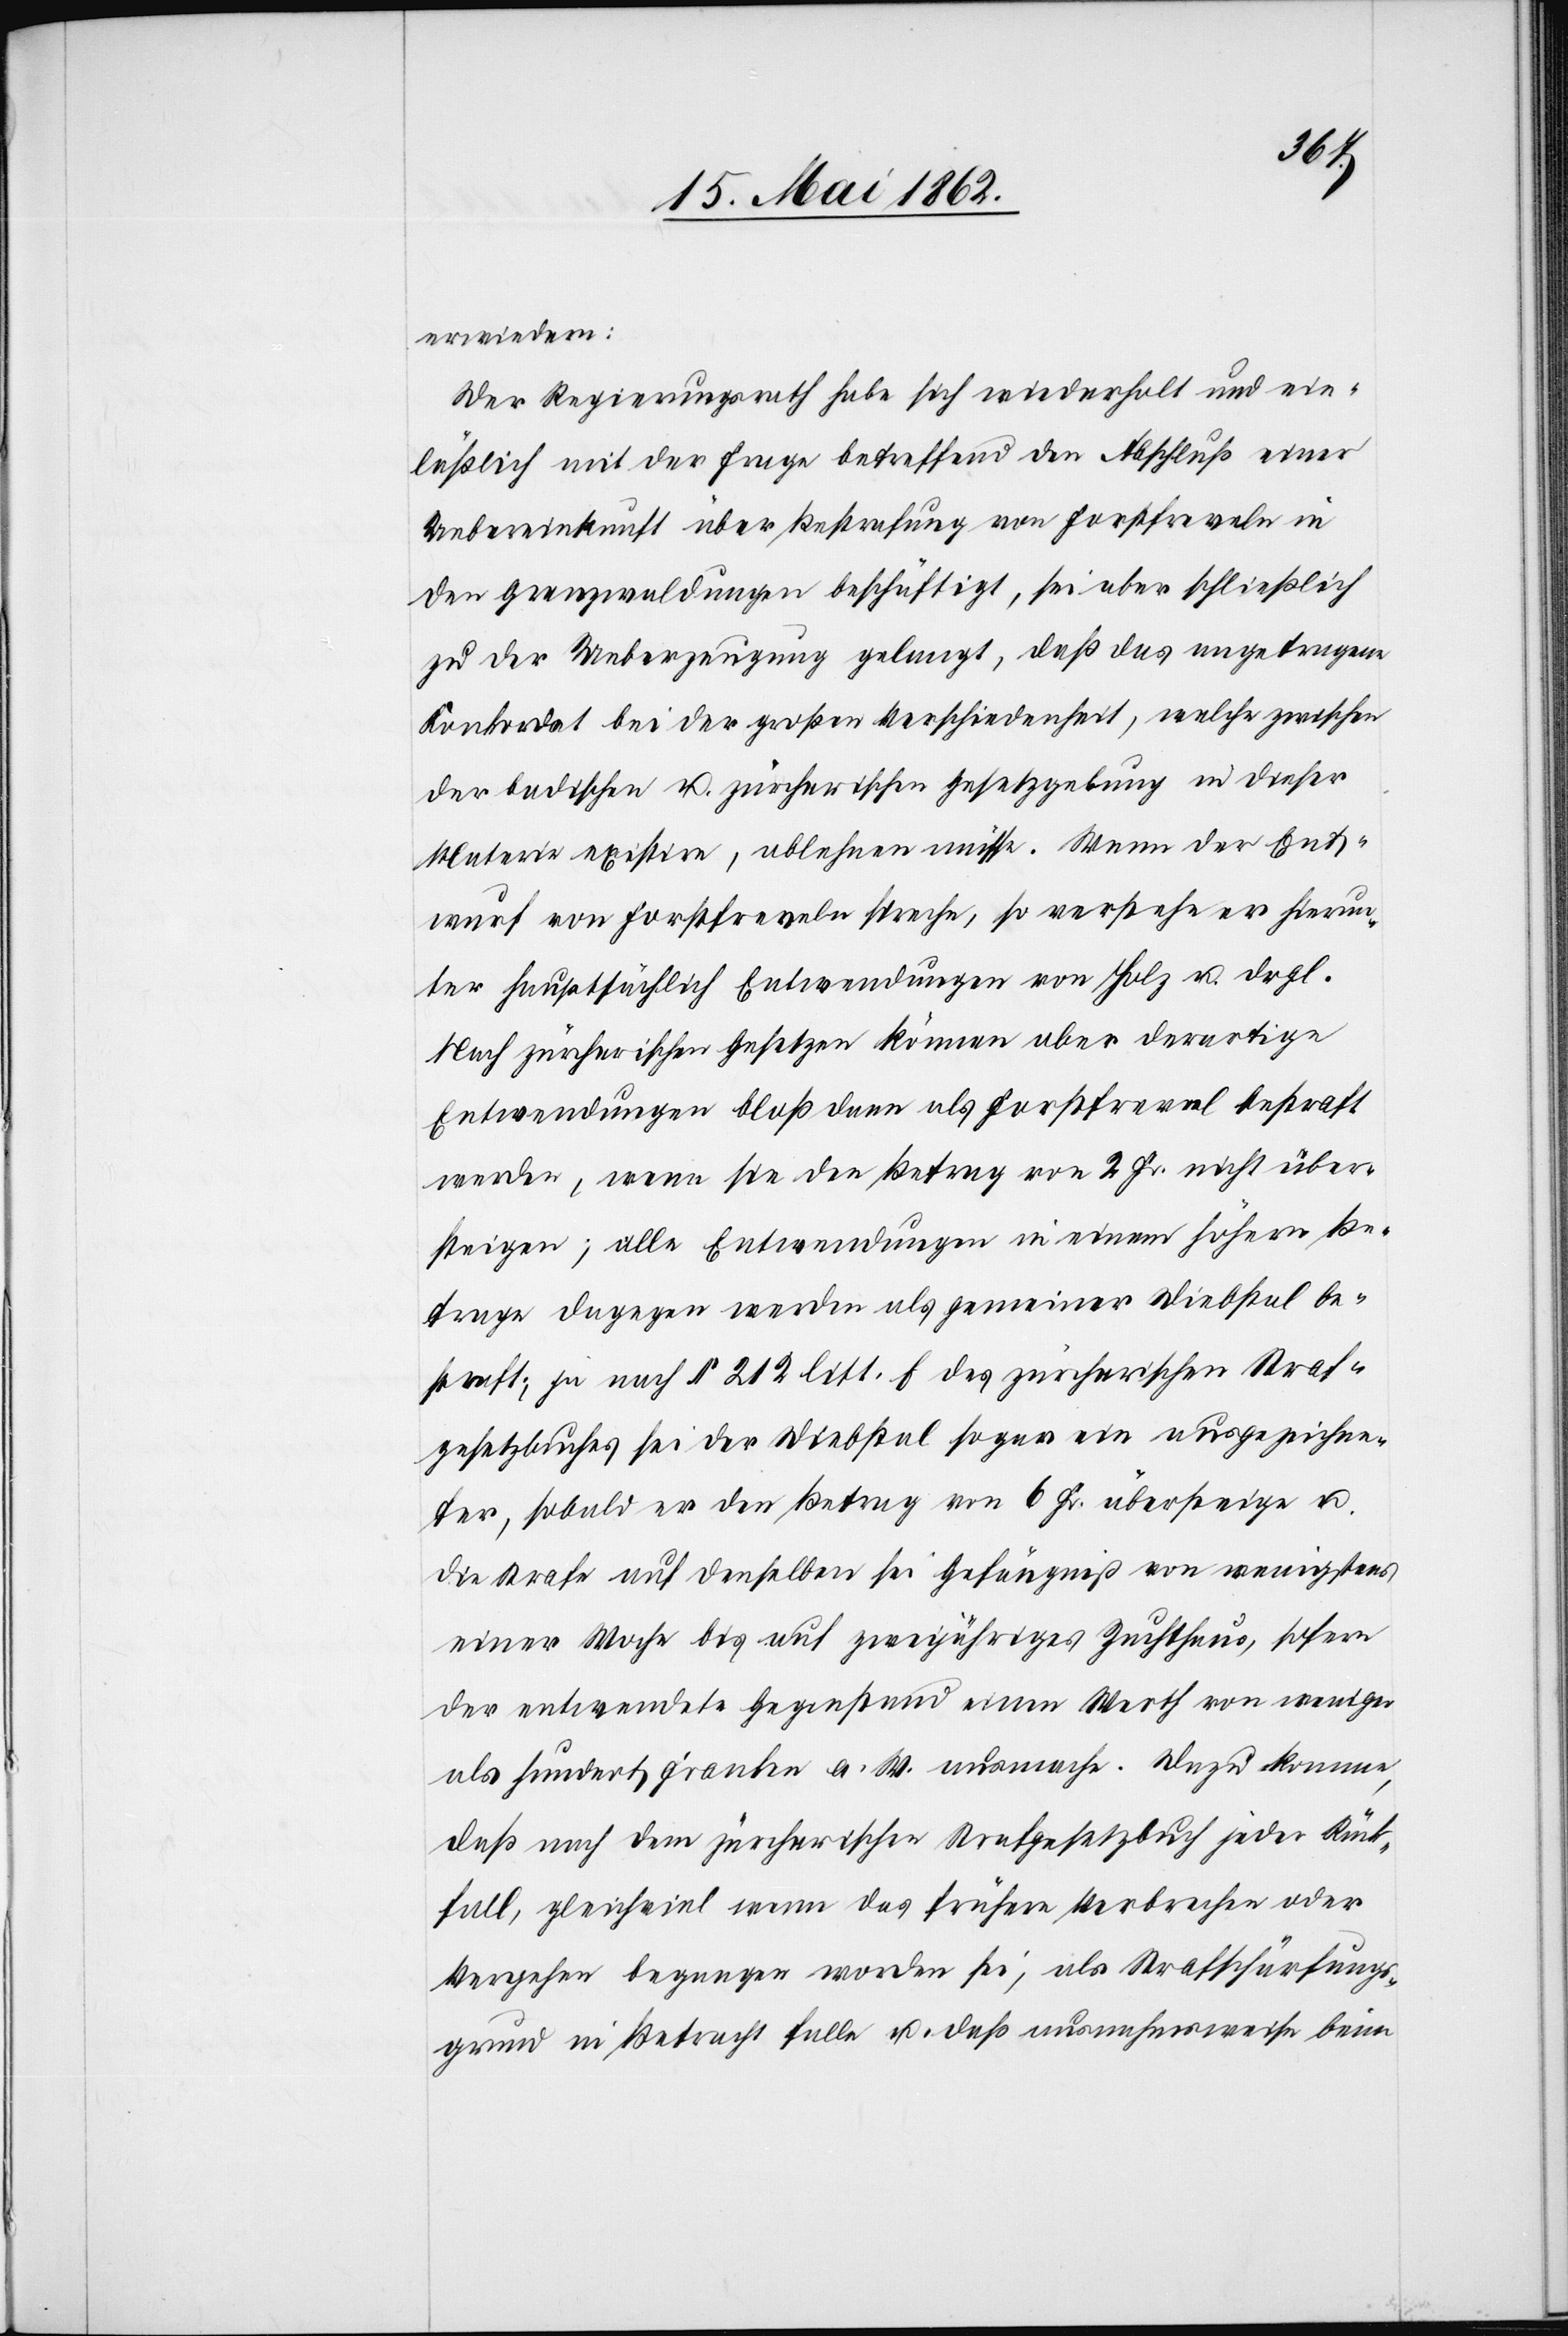
erwiedern:
Der Regierungsrath habe sich wiederholt und ein¬
läßlich mit der Frage betreffend den Abschluß einer
Uebereinkunft über Bestrafung von Forstfreveln in
den Grenzwaldungen beschäftigt, sei aber schließlich
zu der Ueberzeugung gelangt, daß das angetragene
Konkordat bei der großen Verschiedenheit, welche zwischen
der badischen u. zürcherischen Gesetzgebung in dieser
Materie existire, ablehnen müsse. Wenn der Ent¬
wurf von Forstfreveln spreche, so verstehe er hierun¬
ter hauptsächlich Entwendungen von Holz u. drgl.
Nach zürcherischen Gesetzen können aber derartige
Entwendungen bloß dann als Forstfrevel bestraft
werden, wenn sie den Betrag von 2 Fr. nicht über¬
steigen; alle Entwendungen in einem höhern Be¬
trage dagegen werden als gemeiner Diebstal be¬
straft; ja nach § 212 litt. f. des zürcherischen Straf¬
gesetzbuches sei der Diebstal sogar ein ausgezeichne¬
ter, sobald er den Betrag von 6 Fr. übersteige u.
die Strafe auf denselben sei Gefängniß von wenigstens
einer Woche bis auf zweijähriges Zuchthaus, sofern
der entwendete Gegenstand einen Werth von weniger
als Hundert Franken a. W. ausmache. Dazu komme,
daß nach dem zürcherischen Strafgesetzbuch jeder Rück¬
fall, gleichviel wenn das frühere Verbrechen oder
Vergehen begangen worden sei, als Strafschärfungs¬
grund in Betracht falle u. daß ausnahmsweise beim